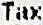
TAX